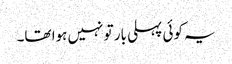
یہ کوئی پہلی بار تو نہیں ہوا تھا۔